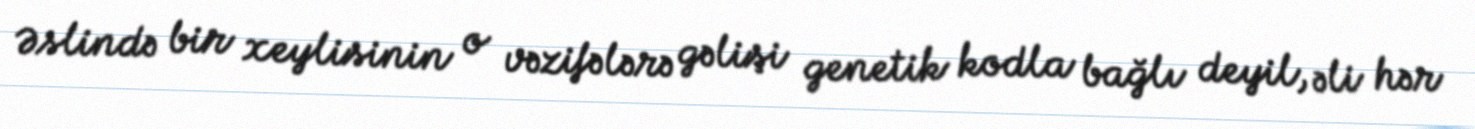
Əslində bir xeylisinin o vəzifələrə gəlişi genetik kodla bağlı deyil, əli hər